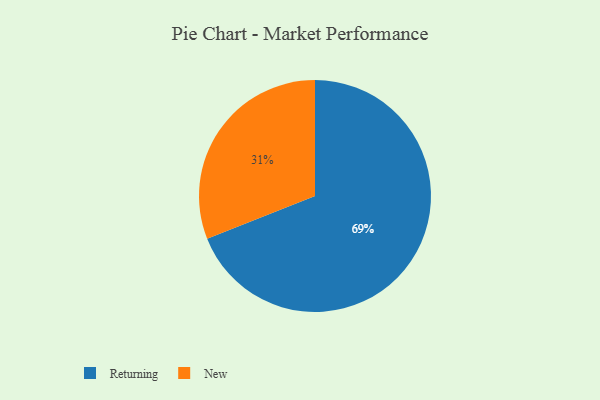
{"axis": {"x": "Category", "y": "Percentage"}, "legend": ["New", "Returning"], "data": [{"x": "Returning", "y": 69, "type": "Returning"}, {"x": "New", "y": 31, "type": "New"}]}